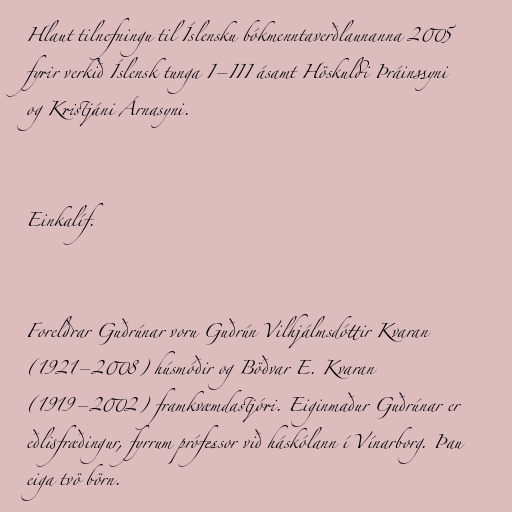
Hlaut tilnefningu til Íslensku bókmenntaverðlaunanna 2005
fyrir verkið Íslensk tunga I–III ásamt Höskuldi Þráinssyni
og Kristjáni Árnasyni.

Einkalíf.

Foreldrar Guðrúnar voru Guðrún Vilhjálmsdóttir Kvaran
(1921–2008) húsmóðir og Böðvar E. Kvaran
(1919–2002) framkvæmdastjóri. Eiginmaður Guðrúnar er
eðlisfræðingur, fyrrum prófessor við háskólann í Vínarborg. Þau
eiga tvö börn.